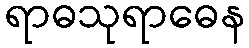
ရာဓသုရာဓေန